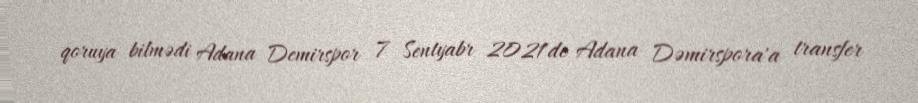
qoruya bilmədi Adana Demirspor 7 Sentyabr 2021'de Adana Dəmirspora'a transfer